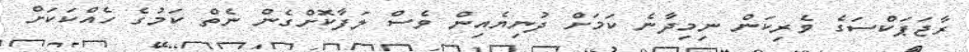
ރާޖަޕަކްސަގެ ވެރިކަން ނިމިދާނެ ކަމަށް ދުނިޔެއިން ވެސް ލަފާކޮށްގެން ނެތް ކަމުގެ ހެއްކަކަށް